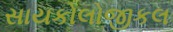
સાયકોલોજીકલ